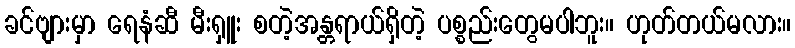
ခင်ဗျားမှာ ရေနံဆီ မီးရှူး စတဲ့အန္တရာယ်ရှိတဲ့ ပစ္စည်းတွေမပါဘူး။ ဟုတ်တယ်မလား။